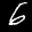
Label: 6